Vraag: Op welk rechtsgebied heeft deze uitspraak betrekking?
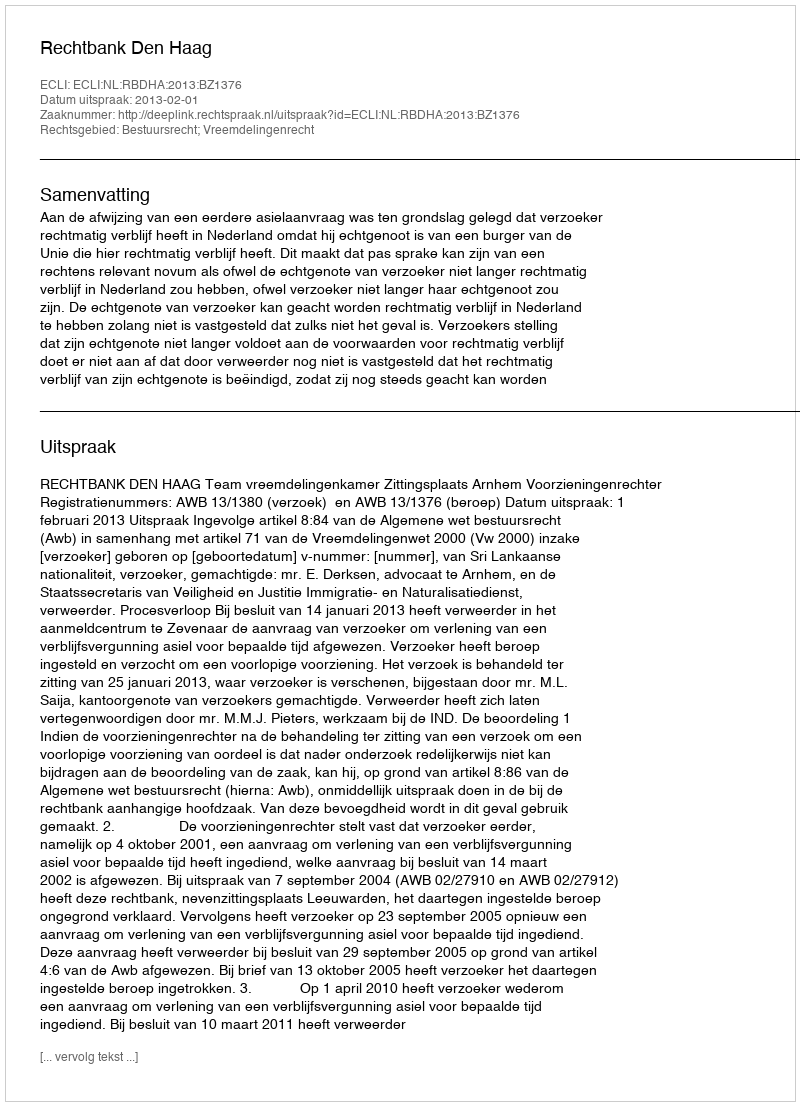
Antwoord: Bestuursrecht; Vreemdelingenrecht